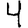
Digit: 4